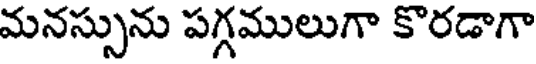
మనస్సును పగ్గములుగా కొరడాగా